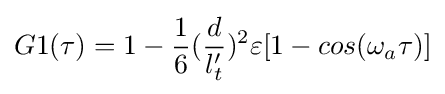
G1(\tau )=1-{\frac {1}{6}}({\frac {d}{l_{t}'}})^{2}\varepsilon [1-cos(\omega _{a}\tau )]